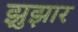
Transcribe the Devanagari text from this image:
झुझार